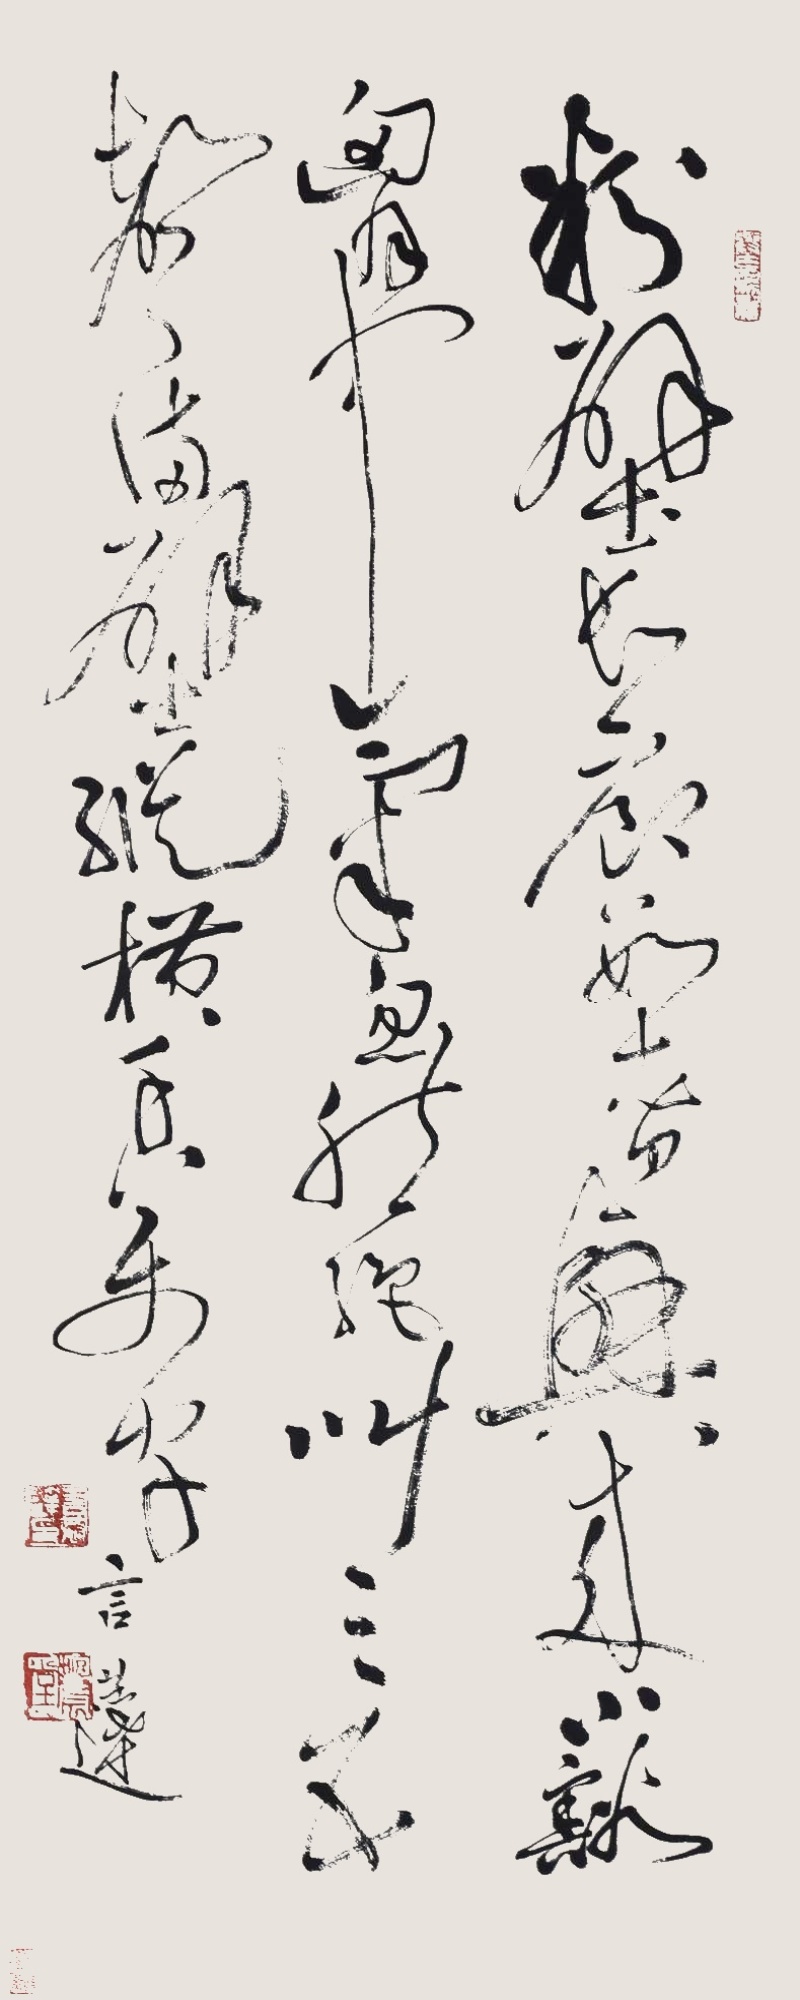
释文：粉壁长廊数十间，兴来小豁胸中气。忽然绝叫三五声，满壁纵横千万字。言恭达。